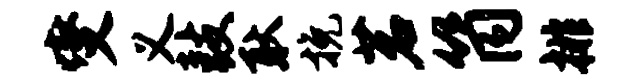
燮义鼓耿挽茗筒排